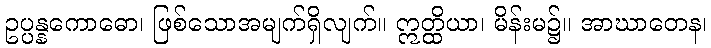
ဥပ္ပန္နကောဓော၊ ဖြစ်သောအမျက်ရှိလျက်။ ဣတ္ထိယာ၊ မိန်းမ၌။ အာဃာတေန၊